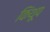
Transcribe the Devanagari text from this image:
किंथूप